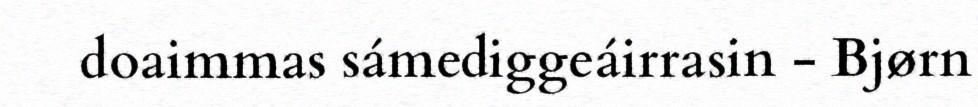
doaimmas sámediggeáirrasin - Bjørn